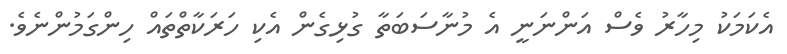
އެކަމަކު މިހާރު ވެސް އަންނަނީ އެ މުނާސަބަތާ ގުޅިގެން އެކި ހަރަކާތްތައް ހިންގަމުންނެވެ.